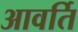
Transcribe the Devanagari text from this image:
आवर्ति